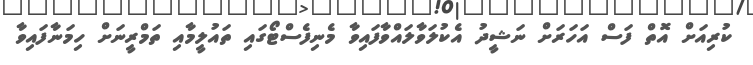
ކުރިއަށް އޮތް ފަސް އަހަރަށް ނަޝީދު އެކުލަވާލައްވާފައިވާ މެނިފެސްޓޯގައި ތައުލީމާއި ތަމްރީނަށް ހިމަނާފައިވާ